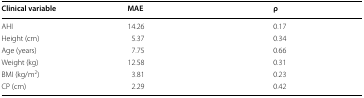
<table><thead><tr><td><b>Clinical variable</b></td><td><b>MAE</b></td><td><b>ρ</b></td></tr></thead><tbody><tr><td>AHI</td><td>14.26</td><td>0.17</td></tr><tr><td>Height (cm)</td><td>5.37</td><td>0.34</td></tr><tr><td>Age (years)</td><td>7.75</td><td>0.66</td></tr><tr><td>Weight (kg)</td><td>12.58</td><td>0.31</td></tr><tr><td>BMI (kg/m<sup>2</sup>)</td><td>3.81</td><td>0.23</td></tr><tr><td>CP (cm)</td><td>2.29</td><td>0.42</td></tr></tbody></table>